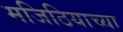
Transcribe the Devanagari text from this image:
मजिठियाच्या